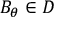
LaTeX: B _ { \theta } \in D